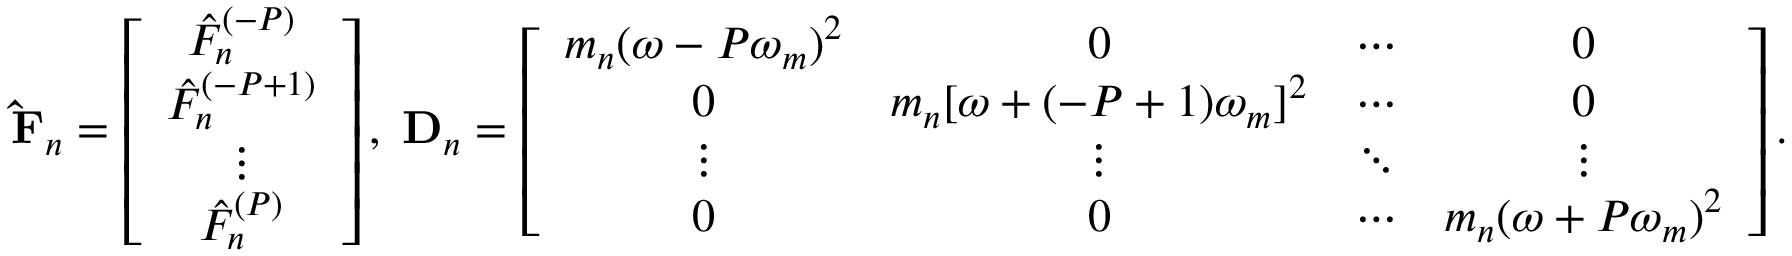
\mathbf { \hat { F } } _ { n } = \left[ \begin{array} { c } { \hat { F } _ { n } ^ { ( - P ) } } \\ { \hat { F } _ { n } ^ { ( - P + 1 ) } } \\ { \vdots } \\ { \hat { F } _ { n } ^ { ( P ) } } \end{array} \right] , \; \mathbf { D } _ { n } = \left[ \begin{array} { c c c c } { m _ { n } ( \omega - P \omega _ { m } ) ^ { 2 } } & { 0 } & { \cdots } & { 0 } \\ { 0 } & { m _ { n } [ \omega + ( - P + 1 ) \omega _ { m } ] ^ { 2 } } & { \cdots } & { 0 } \\ { \vdots } & { \vdots } & { \ddots } & { \vdots } \\ { 0 } & { 0 } & { \cdots } & { m _ { n } ( \omega + P \omega _ { m } ) ^ { 2 } } \end{array} \right] .